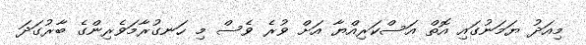
މިއަދު ޔަމަނުގައި އޮތް އަސްކަރިއްޔާ އަށް ވުރެ ވެސް މި ހަނގުރާމަވެރިންގެ ބާރުގަދަ